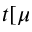
t [ \mu